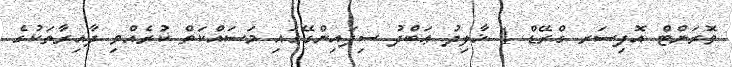
ވޮރަންޓް އޮފިސަރ ގްރޭޑް 1 ޚާލިދު ޢަބްދު ސިފައިންގޭގައި މަސައްކަތް ކުރެއްވި ދާއިރާތަކުގެ